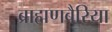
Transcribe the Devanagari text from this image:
ब्राह्मणबैरिया